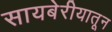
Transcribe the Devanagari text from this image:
सायबेरीयातून